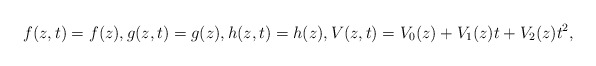
\begin{align*}f(z,t)=f(z), g(z,t)=g(z),h(z,t)=h(z),V(z,t)=V_0(z)+V_1(z)t+V_2(z)t^2,\end{align*}